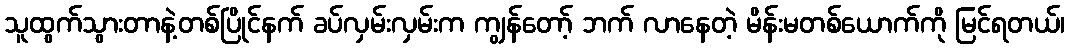
သူထွက်သွားတာနဲ့တစ်ပြိုင်နက် ခပ်လှမ်းလှမ်းက ကျွန်တော့် ဘက် လာနေတဲ့ မိန်းမတစ်ယောက်ကို မြင်ရတယ်၊